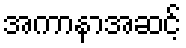
အကာနာအဆင့်